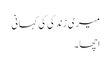
میری زندگی کی کہانی
اچھا۔